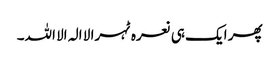
پھر ایک ہی نعرہ ٹہرا لا الہ الا اللہ۔